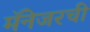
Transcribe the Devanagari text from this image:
मॅनेजरची